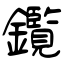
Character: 鑬